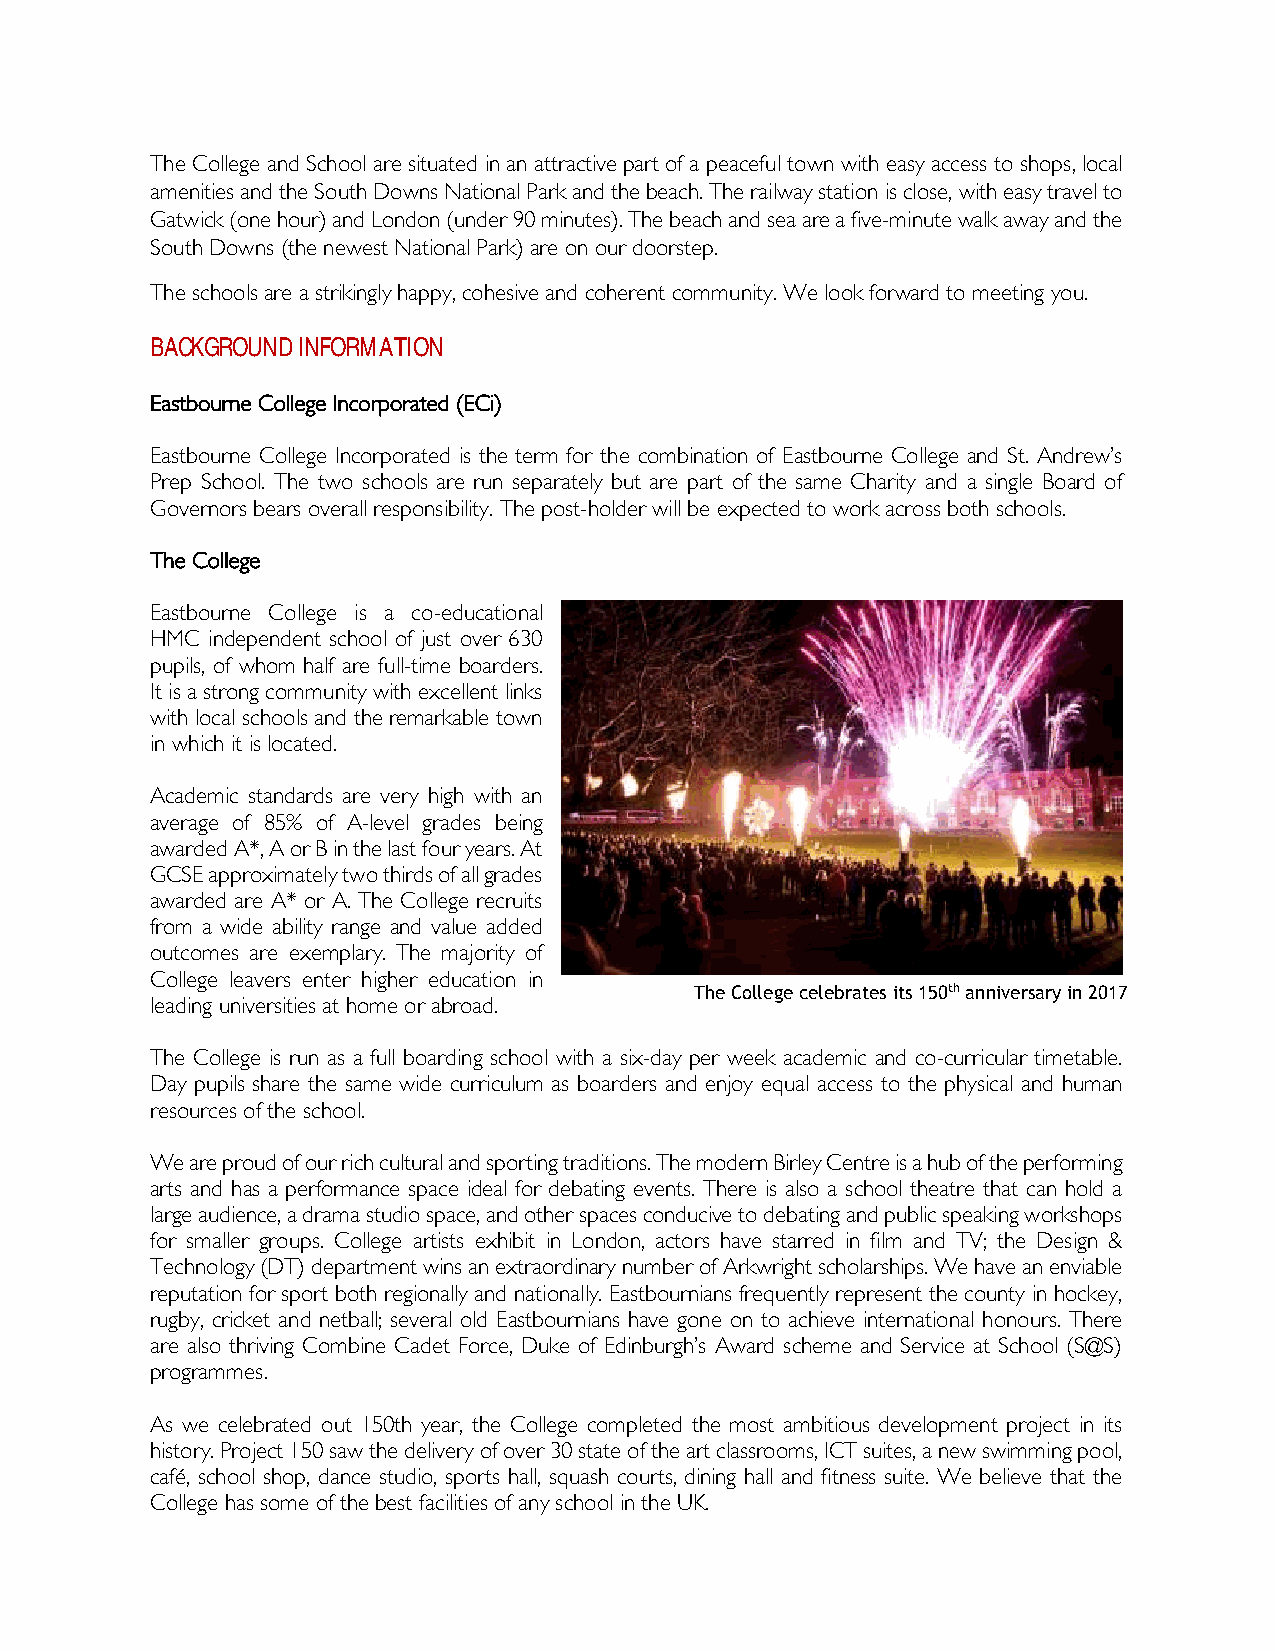
The College and School are situated in an attractive part of a peaceful town with easy access to shops, local
 amenities and the South Downs National Park and the beach. The railway station is close, with easy travel to
 Gatwick (one hour) and London (under 90 minutes). The beach and sea are a five-minute walk away and the
 South Downs (the newest National Park) are on our doorstep.
 The schools are a strikingly happy, cohesive and coherent community. We look forward to meeting you.
 BACKGROUND INFORMATION
 Eastbourne College Incorporated (ECi)
 Eastbourne College Incorporated is the term for the combination of Eastbourne College and St. Andrew’s
 Prep School. The two schools are run separately but are part of the same Charity and a single Board of
 Governors bears overall responsibility. The post-holder will be expected to work across both schools.
 The College
 Eastbourne College is a co-educational
 HMC independent school of just over 630
 pupils, of whom half are full-time boarders.
 It is a strong community with excellent links
 with local schools and the remarkable town
 in which it is located.
 Academic standards are very high with an
 average of 85% of A-level grades being
 awarded A*, A or B in the last four years. At
 GCSE approximately two thirds of all grades
 awarded are A* or A. The College recruits
 from a wide ability range and value added
 outcomes are exemplary. The majority of
 College leavers enter higher education in
 The College celebrates its 150th anniversary in 2017
 leading universities at home or abroad.
 The College is run as a full boarding school with a six-day per week academic and co-curricular timetable.
 Day pupils share the same wide curriculum as boarders and enjoy equal access to the physical and human
 resources of the school.
 We are proud of our rich cultural and sporting traditions. The modern Birley Centre is a hub of the performing
 arts and has a performance space ideal for debating events. There is also a school theatre that can hold a
 large audience, a drama studio space, and other spaces conducive to debating and public speaking workshops
 for smaller groups. College artists exhibit in London, actors have starred in film and TV; the Design &
 Technology (DT) department wins an extraordinary number of Arkwright scholarships. We have an enviable
 reputation for sport both regionally and nationally. Eastbournians frequently represent the county in hockey,
 rugby, cricket and netball; several old Eastbournians have gone on to achieve international honours. There
 are also thriving Combine Cadet Force, Duke of Edinburgh’s Award scheme and Service at School (S@S)
 programmes.
 As we celebrated out 150th year, the College completed the most ambitious development project in its
 history. Project 150 saw the delivery of over 30 state of the art classrooms, ICT suites, a new swimming pool,
 café, school shop, dance studio, sports hall, squash courts, dining hall and fitness suite. We believe that the
 College has some of the best facilities of any school in the UK.